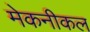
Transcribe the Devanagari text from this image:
मेकनीकल